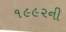
૧૯૯૨ની